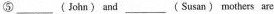
⑤___(John) and ___ (Susar:) mothers are